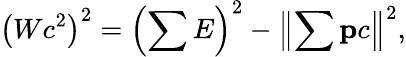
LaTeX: \left(Wc^{2}\right)^{2}=\left(\sum E\right)^{2}-\left\| \sum\mathbf{p}c\right\| ^{2},